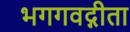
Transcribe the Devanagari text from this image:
भगगवद्गीता